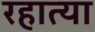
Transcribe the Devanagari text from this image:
रहात्या